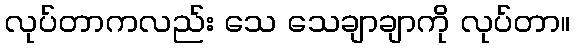
လုပ်တာကလည်း သေ သေချာချာကို လုပ်တာ။